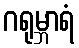
ဂရုမ္ဘာရံ